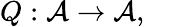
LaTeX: Q:{\cal A}\rightarrow{\cal A},\; \; \; \; \;